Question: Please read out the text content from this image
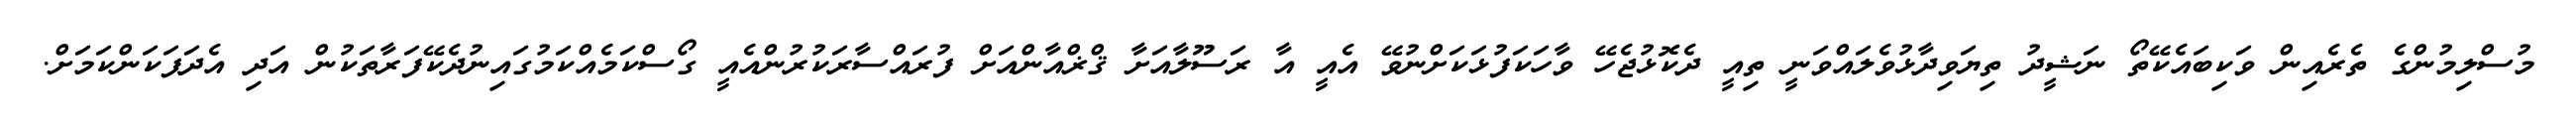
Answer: މުސްލިމުންގެ ތެރެއިން ވަކިބައެކޭތޯ ނަޝީދު ތިޔަވިދާޅުވެލައްވަނީ ތިއީ ދެކޮޅުޖެހޭ ވާހަކަފުޅަކަށްނުވޭ އެއީ އާ ރަސޫލާއަށާ ޤްޜްއާންއަށް ފުރައްސާރަކުރުންއެއީ ގޯސްކަމެއްކަމުގައިނުދެކޭފަރާތަކުން އަދި އެދަފަކަންކަމަށް.